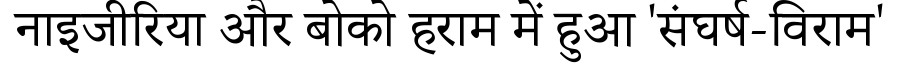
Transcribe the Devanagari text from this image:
नाइजीरिया और बोको हराम में हुआ 'संघर्ष-विराम'